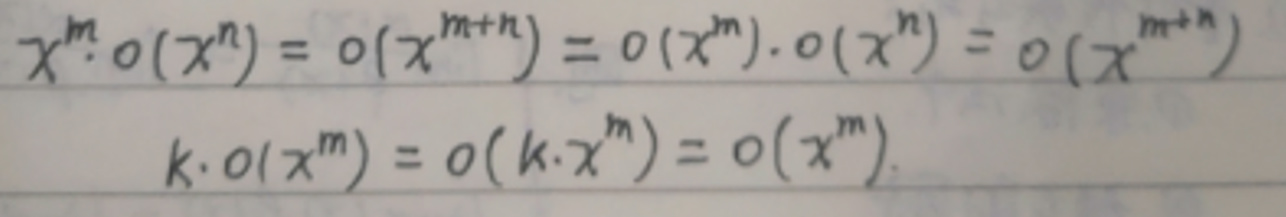
\[
x^{m} \cdot o(x^{n}) = o(x^{m+n}) = o(x^{m}) \cdot o(x^{n}) = o(x^{m+n})
\]
\[
k \cdot o(x^{m}) = o(k \cdot x^{m}) = o(x^{m})
\]